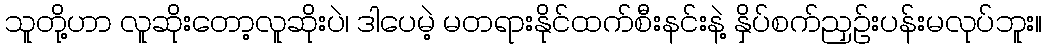
သူတို့ဟာ လူဆိုးတော့လူဆိုးပဲ၊ ဒါပေမဲ့ မတရားနိုင်ထက်စီးနင်းနဲ့ နှိပ်စက်ညှဉ်းပန်းမလုပ်ဘူး။